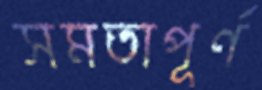
সমতাপূর্ণ